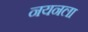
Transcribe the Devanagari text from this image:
नयनला